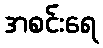
အစင်းရေ